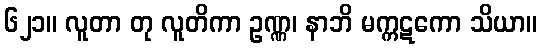
၆၂၁။ လူတာ တု လူတိကာ ဥဏ္ဏ၊ နာဘိ မက္ကဋကော သိယာ။